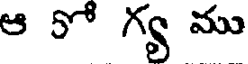
ఆ 5ో గ్య ము